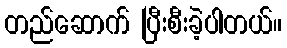
တည်ဆောက် ပြီးစီးခဲ့ပါတယ်။